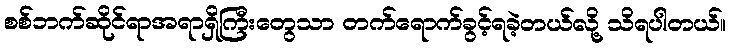
စစ်ဘက်ဆိုင်ရာအရာရှိကြီးတွေသာ တက်ရောက်ခွင့်ရခဲ့တယ်လို့ သိရပါတယ်။